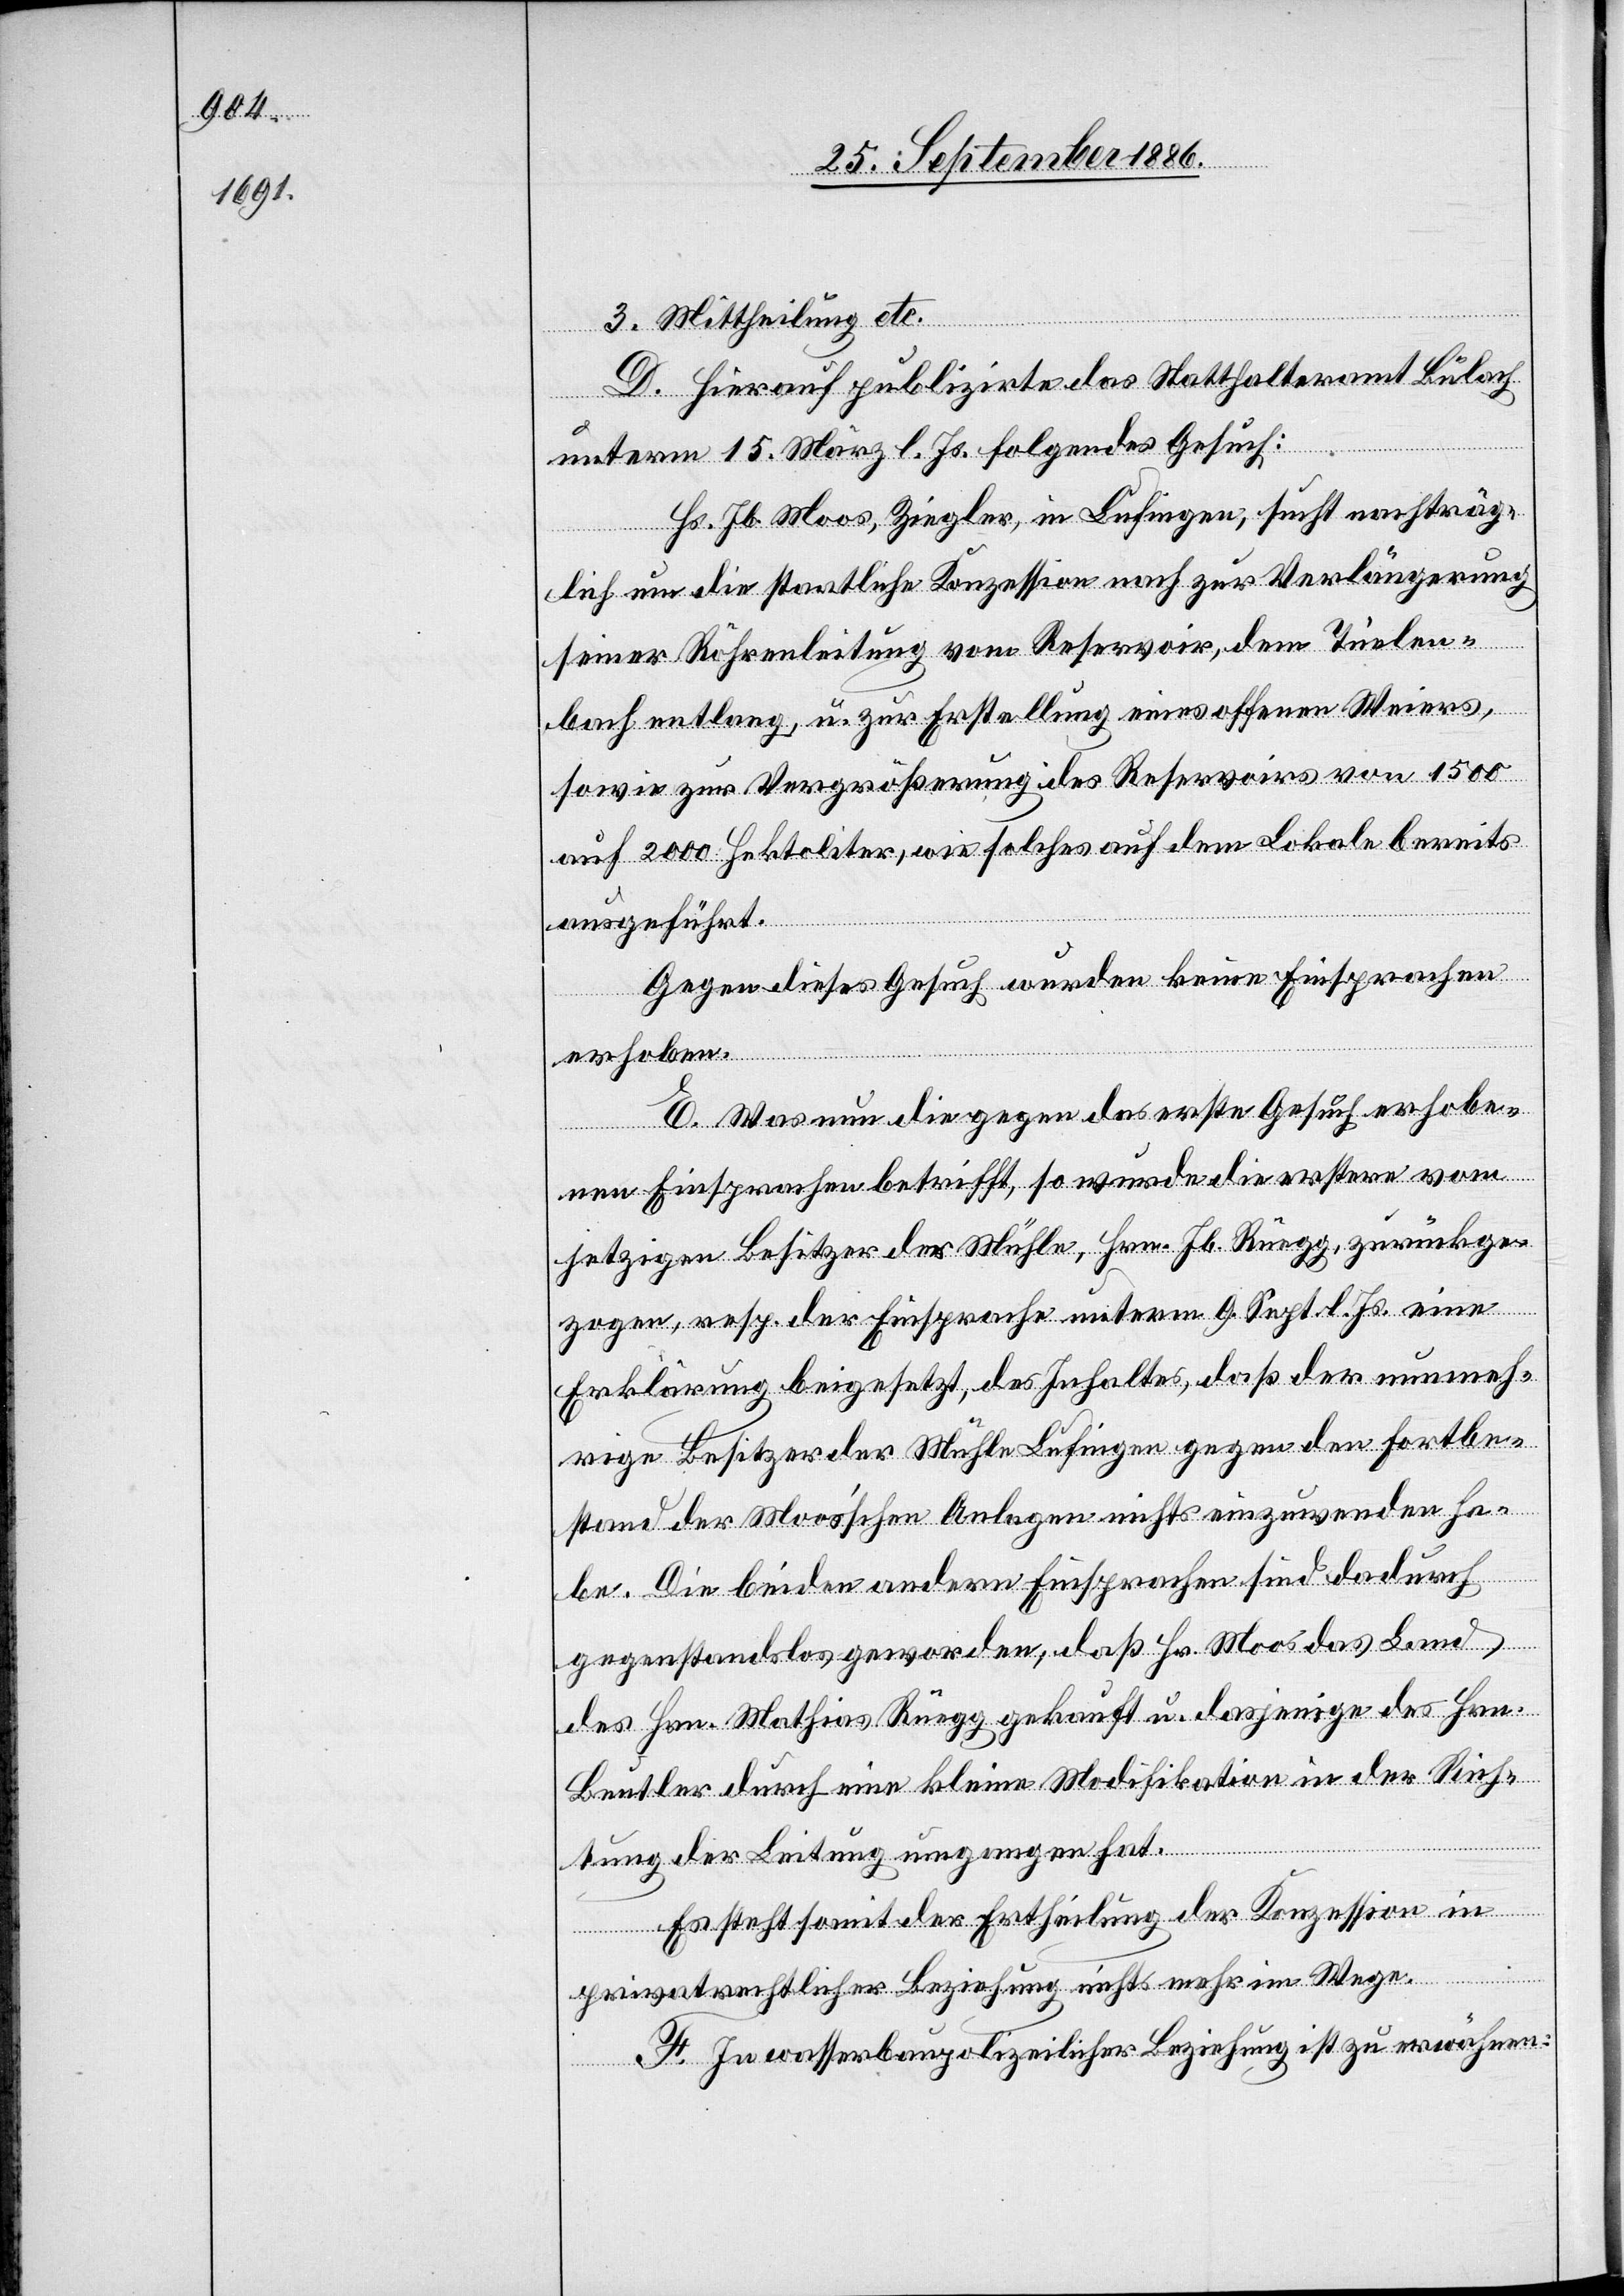
3. Mittheilung etc.
D. Hierauf publizirte das Statthalteramt Bülach
unterm 15. März l. Js. folgendes Gesuch:
Hs. Jb. Moos, Ziegler, in Lufingen, sucht nachträg¬
lich um die staatliche Konzession nach zur Verlängerung
seiner Röhrenleitung vom Reservoir, dem Tüelen¬
bach entlang, u. zur Erstellung eines offenen Weiers,
sowie zur Vergrößerung des Reservoirs von 1500
auf 2000 Hektoliter, wie solches auf dem Lokale bereits
ausgeführt.
Gegen dieses Gesuch wurden keine Einsprachen
erhoben.
E. Was nun die gegen das erste Gesuch erhobe¬
nen Einsprachen betrifft, so wurde die erstere vom
jetzigen Besitzer der Mühle, Hrn. Jb. Rüegg, zurückge¬
zogen, resp. der Einsprache unterm 9. Sept. l. Js. eine
Erklärung beigesetzt, des Inhalts, daß der nunmeh¬
rige Besitzer der Mühle Lufingen gegen den Fortbe¬
stand der Moosʼschen Anlagen nichts einzuwenden ha¬
be. Die beiden andern Einsprachen sind dadurch
gegenstandslos geworden, daß Hr. Moos das Land
des Hrn. Mathias Rüegg gekauft u. dasjenige des Hrn.
Beutler durch eine kleine Modifikation in der Rich¬
tung der Leitung umgangen hat.
Es steht somit der Ertheilung der Konzession in
privatrechtlicher Beziehung nichts mehr im Wege.
F. In wasserbaupolizeilicher Beziehung ist zu erwähnen: